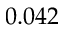
0 . 0 4 2